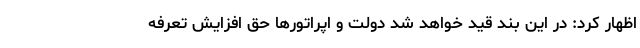
اظهار کرد: در این بند قید خواهد شد دولت و اپراتورها حق افزایش تعرفه